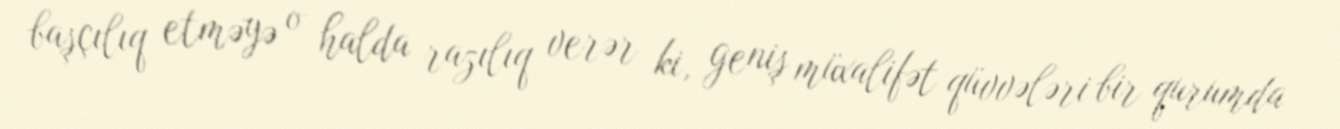
başçılıq etməyə o halda razılıq verər ki, geniş müxalifət qüvvələri bir qurumda